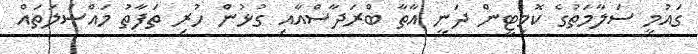
ގައުމީ ސަލާމަތުގެ ކޮމިޓީން ދަނީ އާތާ ބްރަދާސްއާއި ގުޅުން ހުރި ތަފާތު މައްސަލަތައް